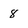
Character: 8